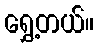
ရွှေ့တယ်။